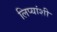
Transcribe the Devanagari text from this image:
लिप्यांशी